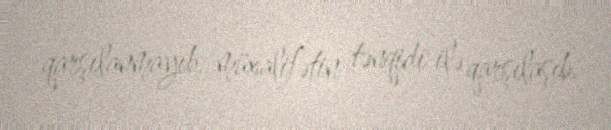
qarşılanmayıb, müxalifətin tənqidi ilə qarşılaşıb.